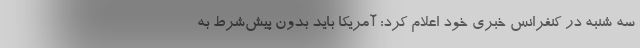
سه شنبه در کنفرانس خبری خود اعلام کرد: آمریکا باید بدون پیش‌شرط به